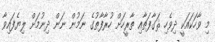
މި ވާހަކައަކީ ދިވެހި ޘަގާފަތާއި ތާރީހަށް ހުރާފާތުގެ ނަމުން ނަން ދިނުމަށް ލިޔެފައިވާ